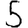
Digit: 5